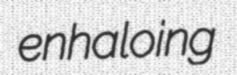
enhaloing